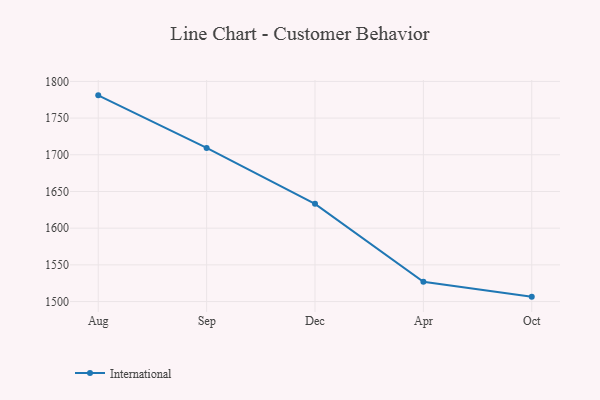
{"axis": {"x": "Month", "y": "Churn Rate (%)"}, "legend": ["International"], "data": [{"x": "Aug", "y": 1781.0, "type": "International"}, {"x": "Sep", "y": 1709.3, "type": "International"}, {"x": "Dec", "y": 1633.2, "type": "International"}, {"x": "Apr", "y": 1527.0, "type": "International"}, {"x": "Oct", "y": 1506.7, "type": "International"}]}